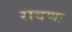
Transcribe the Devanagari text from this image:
रावणः